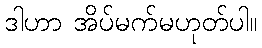
ဒါဟာ အိပ်မက်မဟုတ်ပါ။